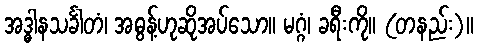
အဒ္ဓါနသင်္ခါတံ၊ အဓွန့်ဟုဆိုအပ်သော။ မဂ္ဂံ၊ ခရီးကို။ (တနည်း)။